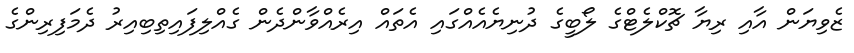
ޒެވިޔަން އާއި ރިޔާ ޗޮކްލެޓްގެ ލޯބީގެ ދުނިޔެއެއްގައި އެތައް އިރެއްވާންދެން ގެއްލިފައިތިބިއިރު ދެމަފިރިންގެ